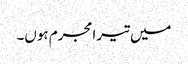
میں تیرامجرم ہوں۔